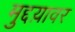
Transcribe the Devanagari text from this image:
मुद्दय़ावर